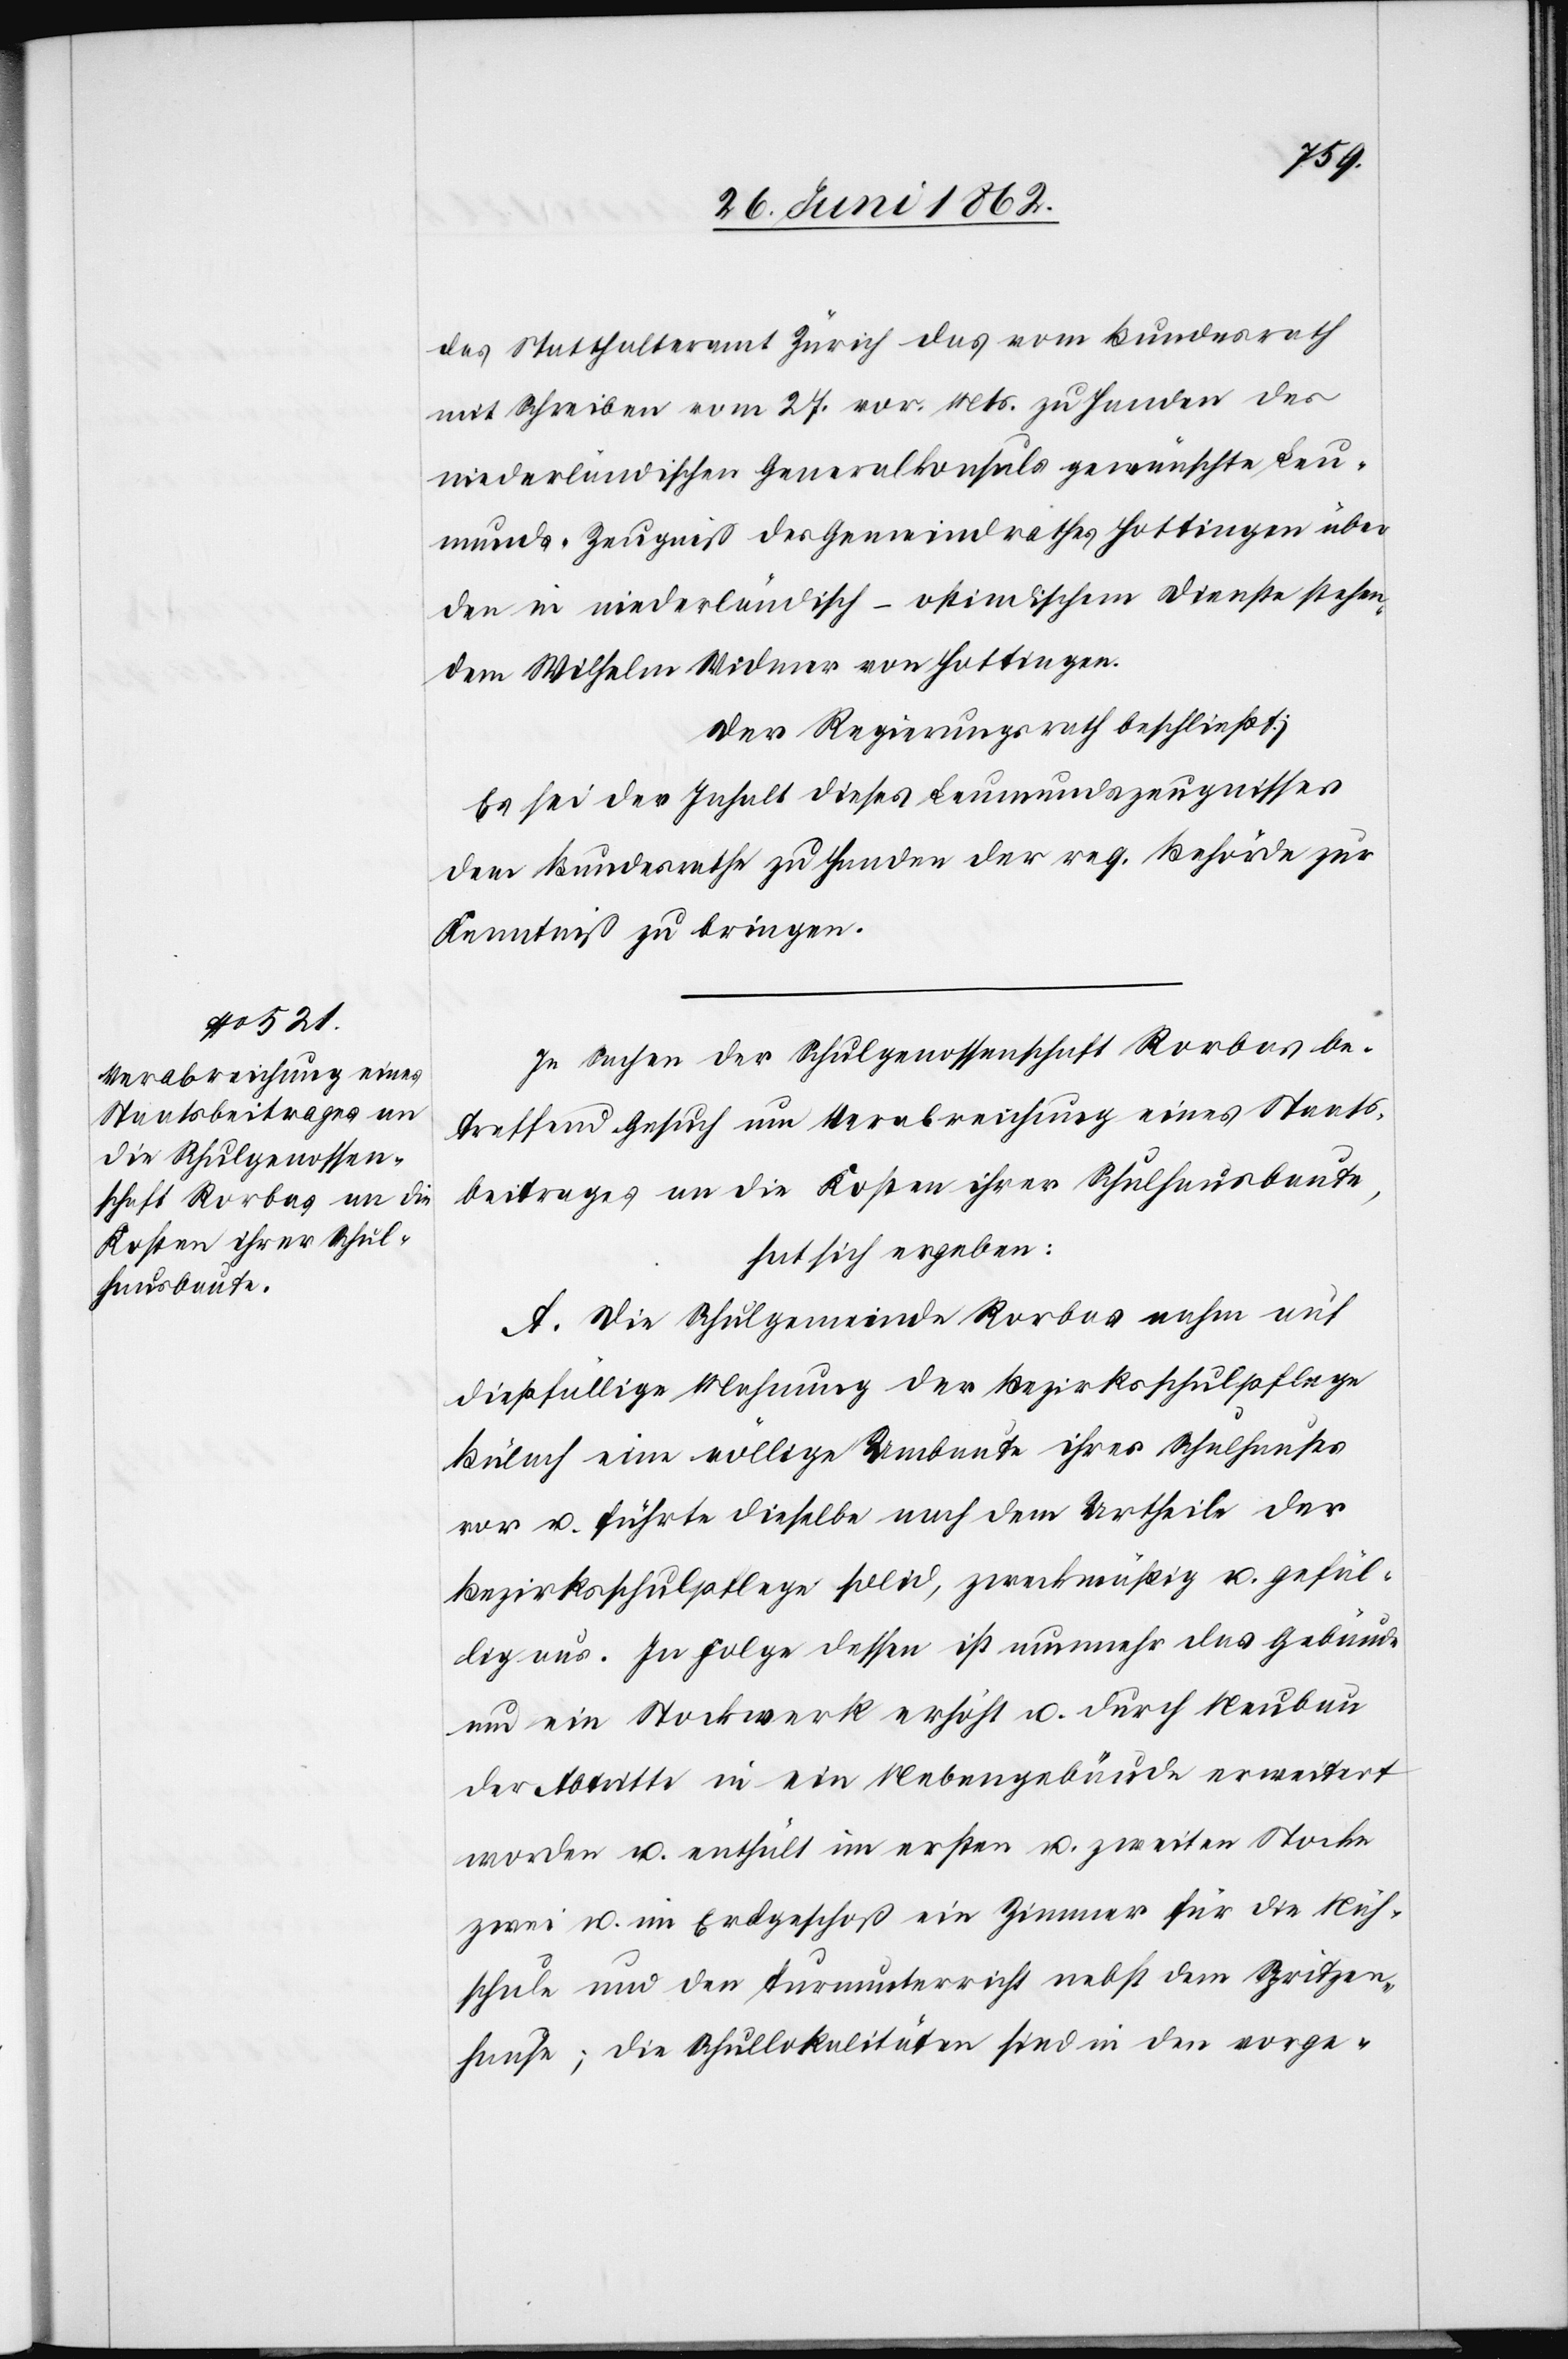
das Statthalteramt Zürich das vom Bundesrath
mit Schreiben vom 27. vor. Mts. zu Handen des
niederländischen Generalkonsuls gewünschte Leu¬
munds-Zeugniß des Gemeindrathes Hottingen über
den in niederländisch-ostindischem Dienste stehen¬
den Wilhelm Widmer von Hottingen.
Der Regierungsrath beschließt:
Es sei der Inhalt dieses Leumundszeugnisses
dem Bundesrathe zu Handen der reg. Behörde zur
Kenntniß zu bringen.
In Sachen der Schulgenossenschaft Rorbas be¬
treffend Gesuch um Verabreichung eines Staats¬
beitrages an die Kosten ihrer Schulhausbaute,
hat sich ergeben:
A. Die Schulgemeinde Rorbas nahm auf
dießfällige Mahnung der Bezirksschulpflege
Bülach eine völlige Umbaute ihres Schulhauses
vor u. führte dieselbe nach dem Urtheile der
Bezirksschulpflege solid, zweckmäßig u. gefäl¬
lig aus. In Folge dessen ist nunmehr das Gebäude
um ein Stockwerk erhöht u. durch Neubau
der Abtritte in ein Nebengebäude erweitert
worden u. enthält im ersten u. zweiten Stocke
zwei u. im Erdgeschoß ein Zimmer für die Näh¬
schule und den Turnunterricht nebst dem Spritzen¬
hause; die Schullokalitäten sind in den vorge-